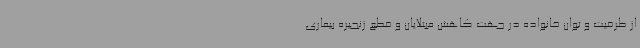
از ظرفیت و توان خانواده در جهت کاهش مبتلایان و قطع زنجیره بیماری